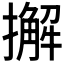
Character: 𢶷